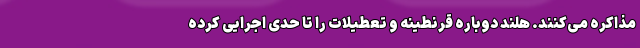
مذاکره می‌کنند. هلند دوباره قرنطینه و تعطیلات را تا حدی اجرایی کرده